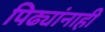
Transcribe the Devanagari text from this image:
पिढ्यांनाही